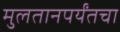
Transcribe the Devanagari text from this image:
मुलतानपर्यंतचा